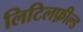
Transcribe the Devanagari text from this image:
लिटिलफ़ील्ड